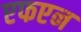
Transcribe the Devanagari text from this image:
एफएन